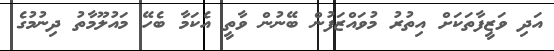
އަދި ވަޒީފާތަކަށް އިތުރު މުވައްޒަފުން ބޭނުން ވާތީ އެކަމާ ބެހޭ މައުލޫމާތު ދިނުމުގެ